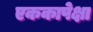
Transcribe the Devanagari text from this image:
एककापेक्षा